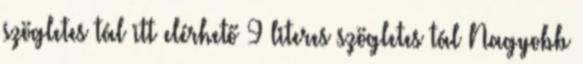
szögletes tál itt elérhető 9 literes szögletes tál Nagyobb